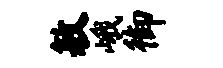
敏峨御